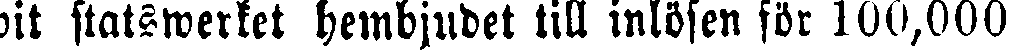
wit statswerket hembjudet till inlösen för 100,000